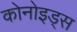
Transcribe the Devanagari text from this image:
कोनोइड्स